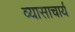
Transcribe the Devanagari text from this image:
व्यासाचार्य